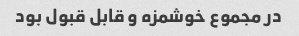
در مجموع خوشمزه و قابل قبول بود